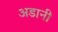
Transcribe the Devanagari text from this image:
अडानी